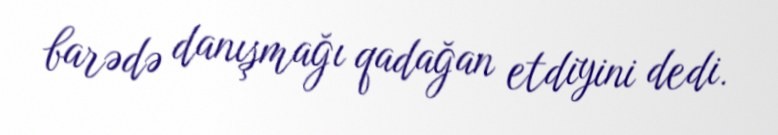
barədə danışmağı qadağan etdiyini dedi.